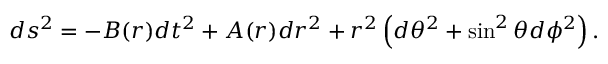
d s ^ { 2 } = - B ( r ) d t ^ { 2 } + A ( r ) d r ^ { 2 } + r ^ { 2 } \left( d \theta ^ { 2 } + \sin ^ { 2 } \theta d \phi ^ { 2 } \right) .